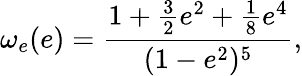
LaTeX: \omega_{e}(e)=\frac{1+\frac{3}{2}e^{2}+\frac{1}{8}e^{4}}{(1-e^{2})^{5}},